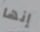
إنها